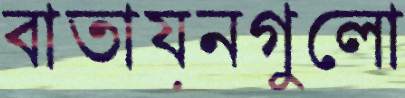
বাতায়নগুলো